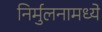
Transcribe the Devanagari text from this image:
निर्मुलनामध्ये